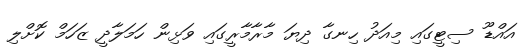
އައްޑޫ ސިޓީގައި މިއަދު ހިނގާ ދިޔަ މާރާމާރީގައި ވަޅިން ހަމަލާދީ ޒަހަމް ކޮށްލި